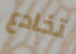
تخادع